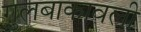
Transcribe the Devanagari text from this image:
गुलबाकावली